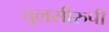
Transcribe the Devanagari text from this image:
तुलसीरुपी